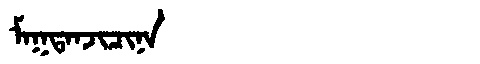
Manchu: ᠮᠠᡴᡨᠠᠨᠵᡳᠴᡳᠨᠠ
Romanization: MAKTANJICINA